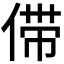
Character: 𰂗